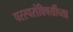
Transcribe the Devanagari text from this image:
परस्परांविषयींच्या